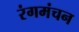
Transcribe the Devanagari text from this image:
रंगमंचन